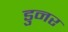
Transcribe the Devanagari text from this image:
डुनर